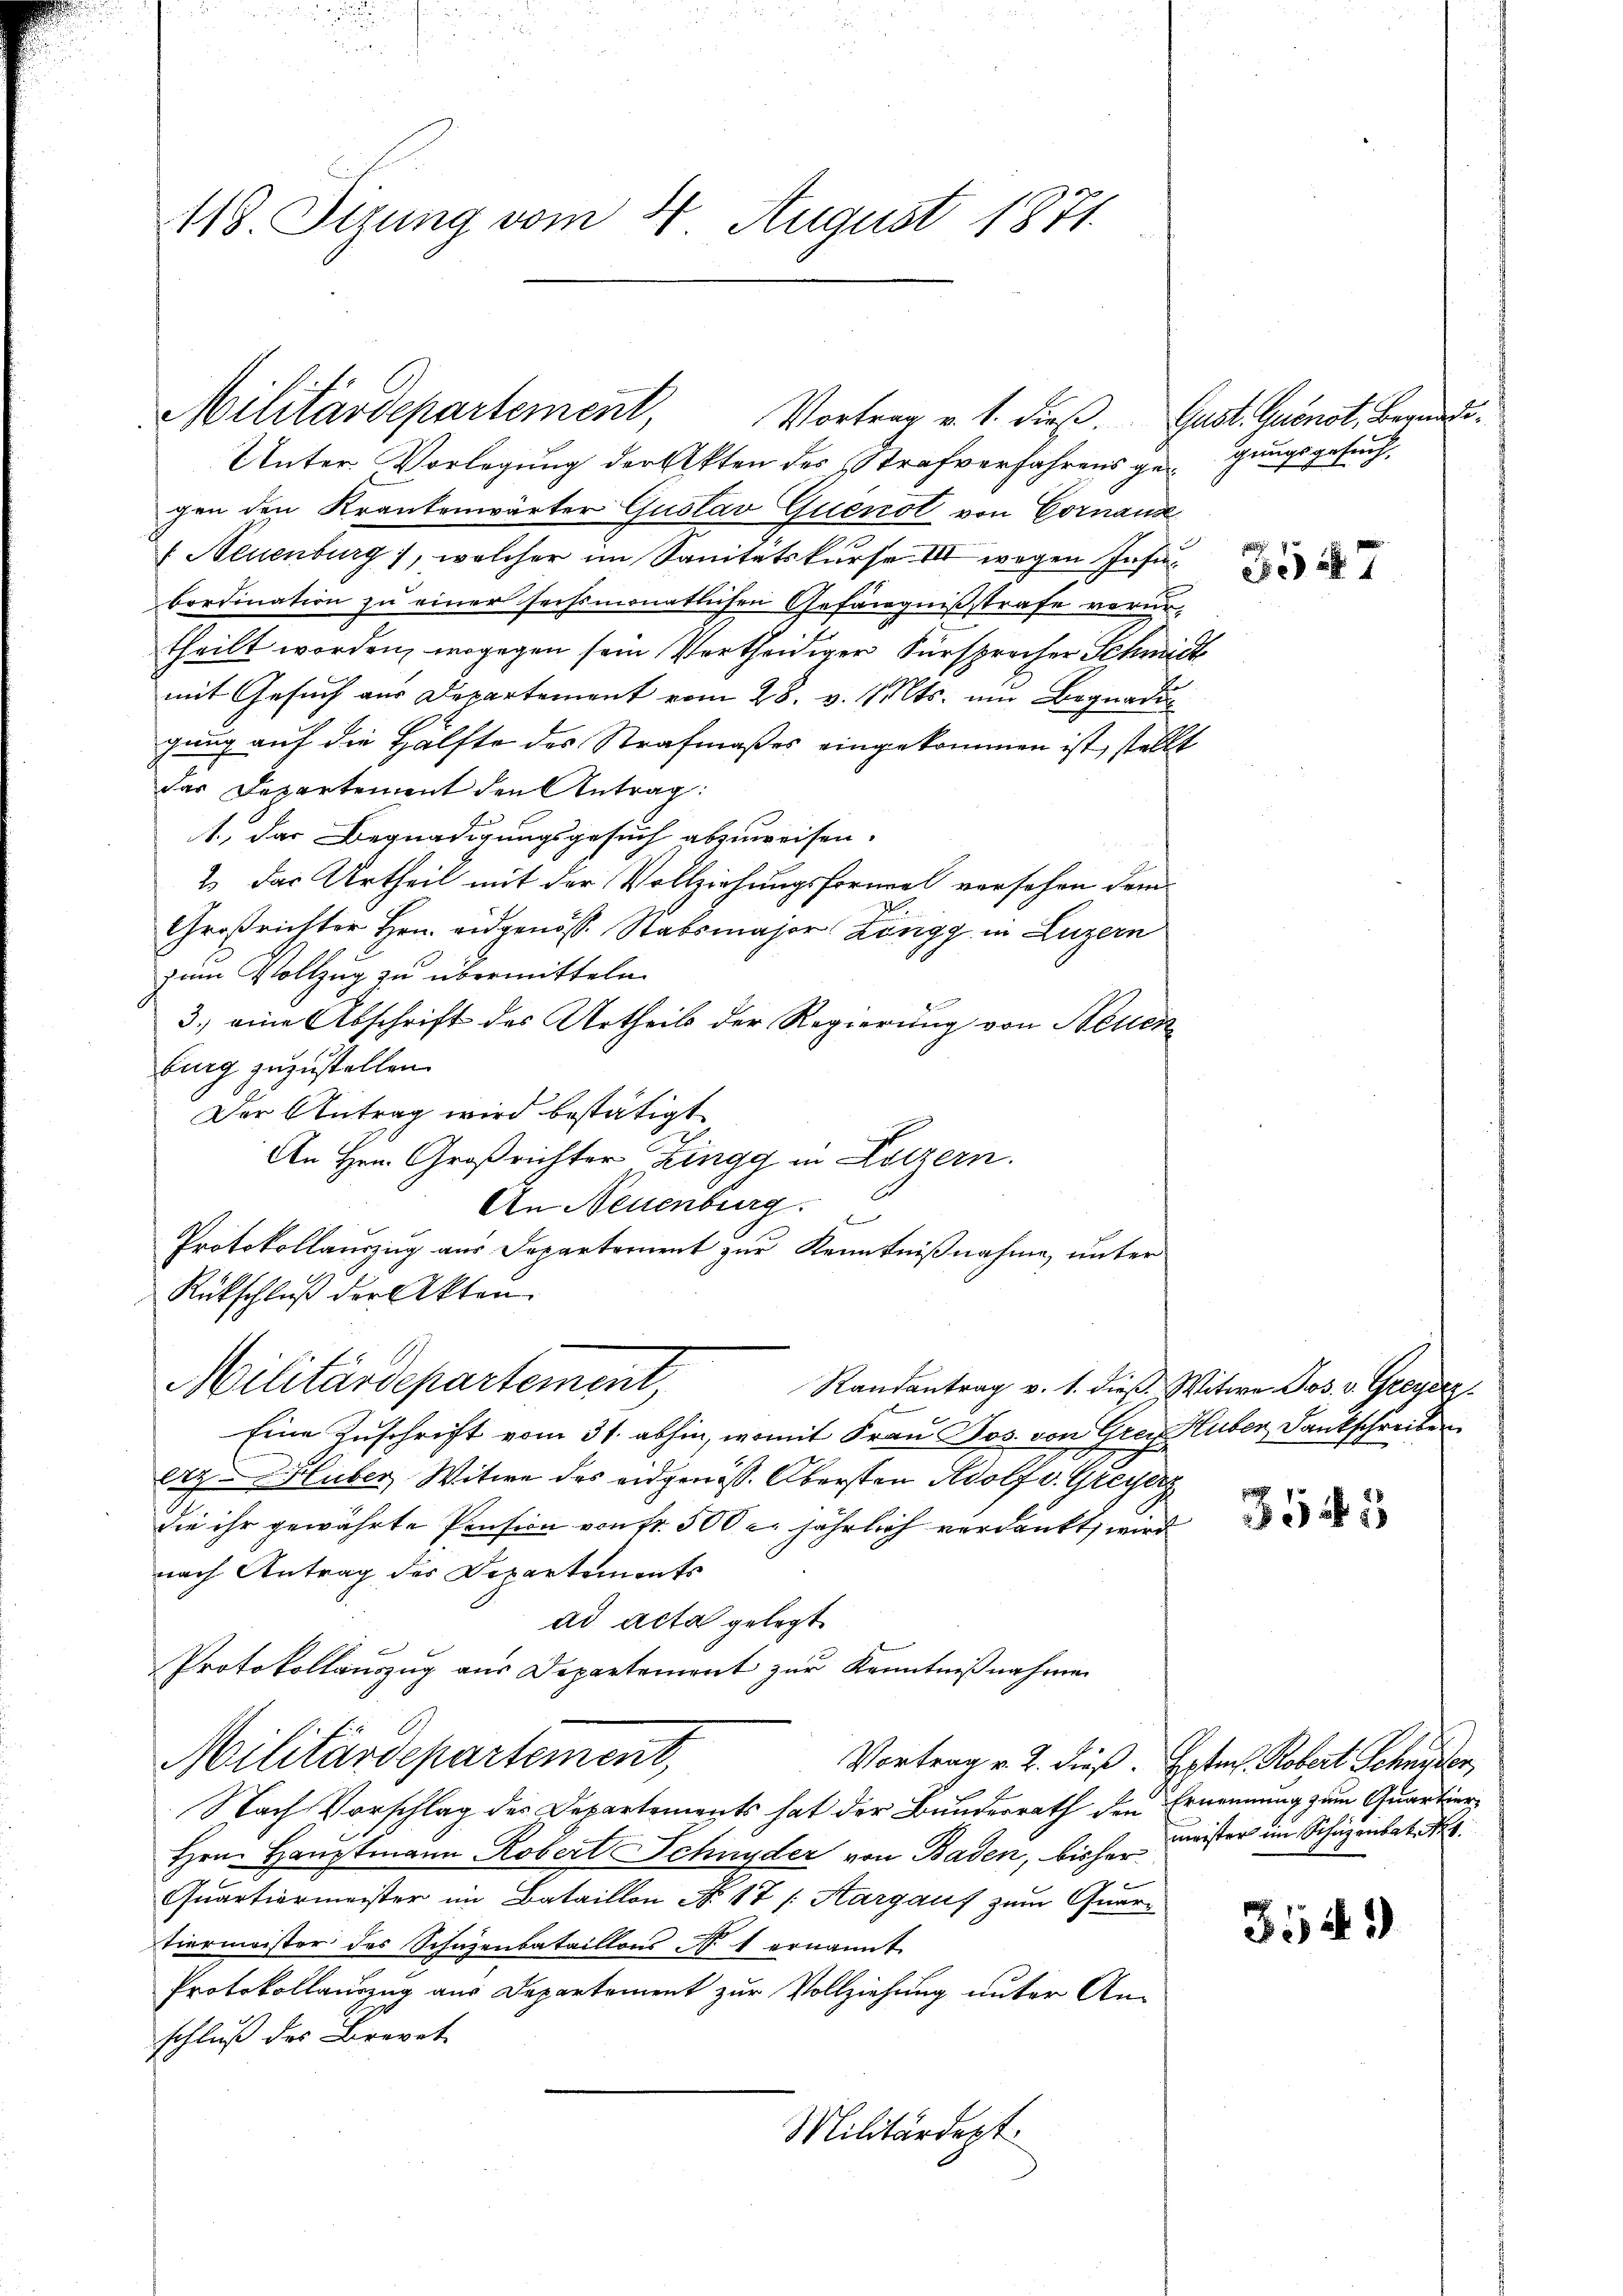
118 Sizung vom 4. August 1871.

Unter Vorlegung der Akten des Strafverfahrens gerungsgesuchgen den Krankenwärter Gustav Quenst von Cornanz
 Neuenburg, welcher im Sanitätskurse III wegen Insinbordination zu einer sechsmonatlichen Gefängnißstrafe verurtheilt worden, wogegen sein Vertheidiger Fürsprocher Schmidt
mit Gesuch aus Departement vom 28. v. Mts. und Begnadig
gung auf die Hälfte des Strafmaßes eingekommen ist, stellt
das Departement den Antrag:
1., das Begnadigungsgesuch abzuweisen.
2. Der Urtheil mit der Vollziehungsformel versehen dem
I
Großrichter Hrn. eidgenöss. Stabsmajor Köngg in Luzern
zum Vollzug zu übermitteln.
3.) eine Abschrift des Urtheils der Regierung von Neuen
burg zuzustellen.
Der Antrag wird bestätigt
An Hrn. Großrichter Zingg in Lotzern.
An Neuenburg.
Protokollauszug aus Departement zur Kenntnißnahme, unter
Rückschluß der Akten.
Militärdepartement,
Randantrag v. 1. dieß. Witwe Jos. v. Greyerz
Eine Zuschrift vom 31. abhin, womit Frau Jos. von Grey Huber, Dankschreiben
Arz Hluber, Witwe des eidgenöss. Obersten Adolf v. Greyerz
die ihr gewährte Pension von Fr. 500 l. jährlich verdankt, wird
nach Antrag des Departements
ad acta gelegt.
Protokollauszug aus Departement zur Kenntnißnahmen
Militärdepartement
Vortrag v. 2. dieß. Ersten Kobert Schieder
Nach Vorschlag des Departements hat der Bunderrath den Ernennung zum Quartier¬
Hrn. Hauptmann Robert Schnyder von Baden, bisher
Quartiermeister im Bataillon No. 17 s. Aargauf zum Quar-
tiermeister des Schäzenbataillons No. 1 ernannt.
Protokollauszug aus Departement zur Vollziehung unter Anschluß des Brevet
Militärdept.

Militärdepartement,

Vortrag v. 1. dieß. Gust. Quenst, Begnadi¬

3547

3545

meister im Schüzenbat No 6.

349)